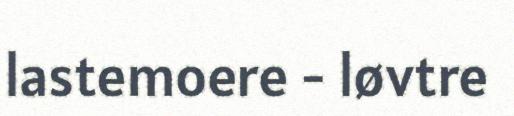
lastemoere - løvtre